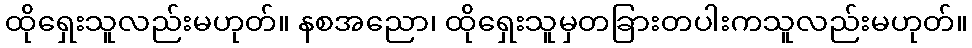
ထိုရှေးသူလည်းမဟုတ်။ နစအညော၊ ထိုရှေးသူမှတခြားတပါးကသူလည်းမဟုတ်။